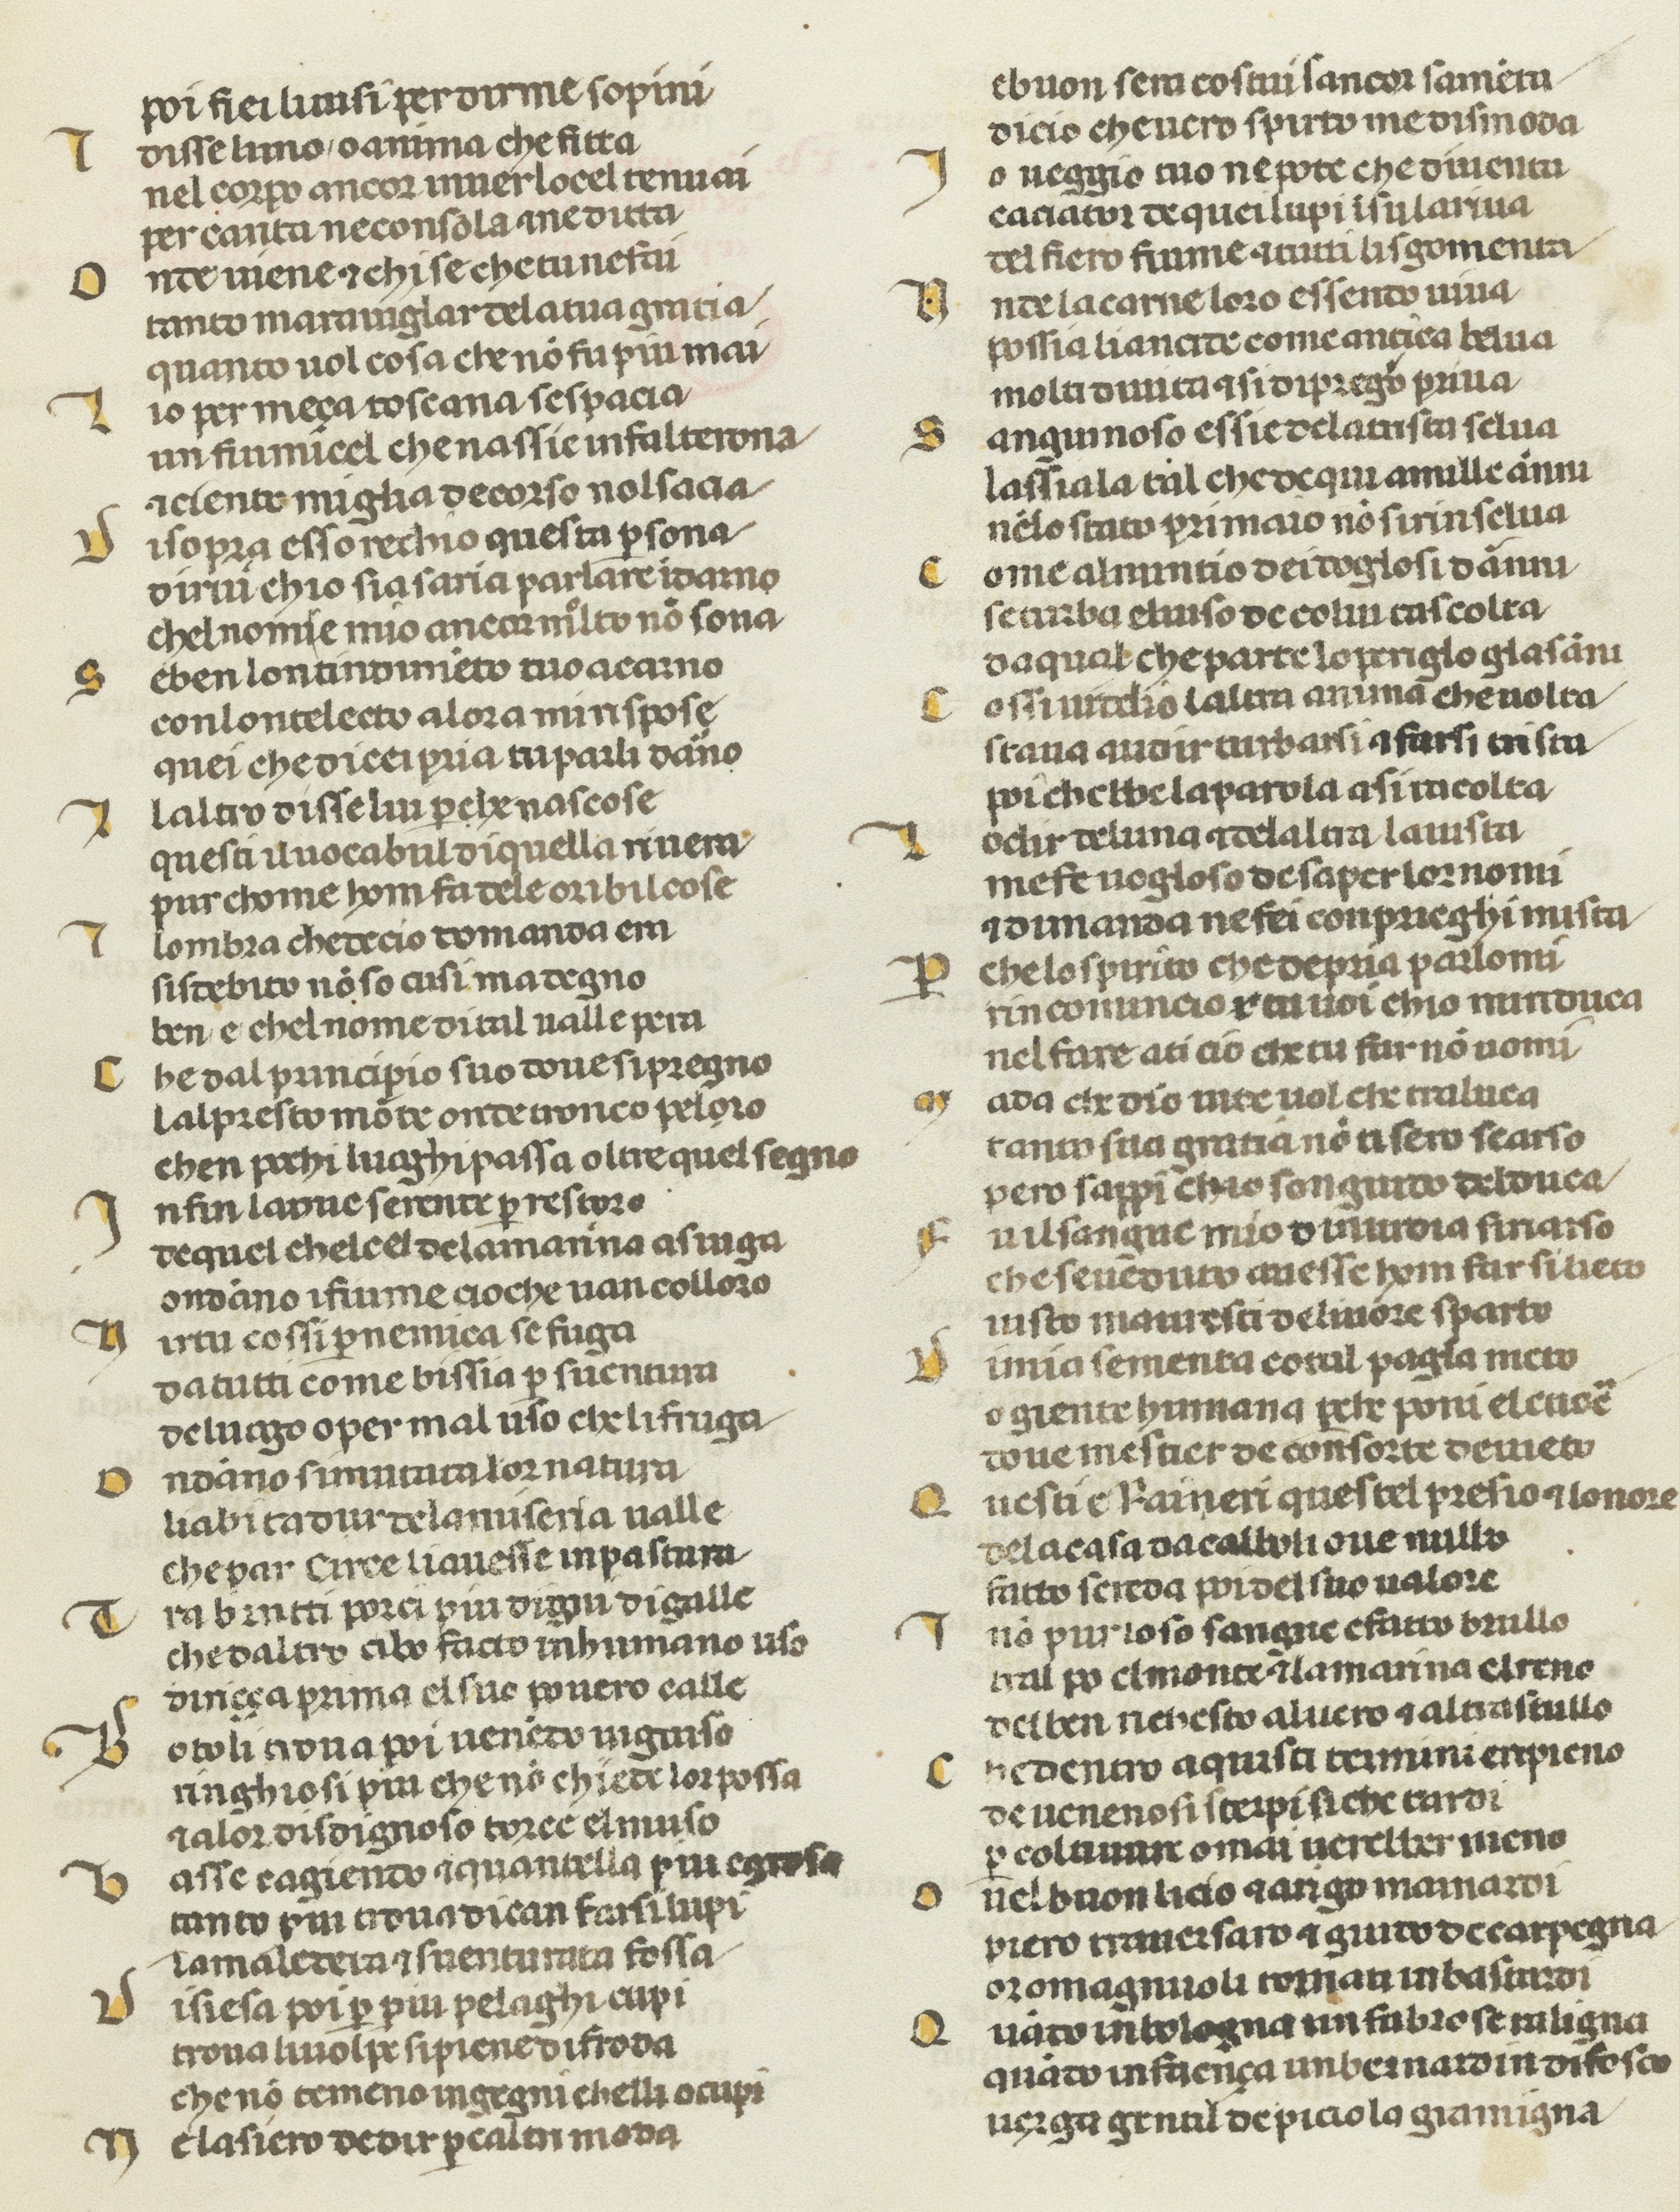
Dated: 1378–1378